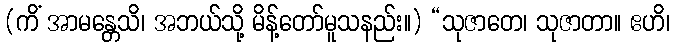
(ကိံ အာမန္တေသိ၊ အဘယ်သို့ မိန့်တော်မူသနည်း။) “သုဇာတေ၊ သုဇာတာ။ ဧဟိ၊